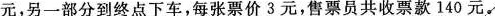
元，另一部分到终点下车，每张票价3元，售票员共收票款140元。